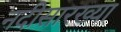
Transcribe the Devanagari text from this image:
नदीसारख्या